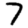
Digit: 7